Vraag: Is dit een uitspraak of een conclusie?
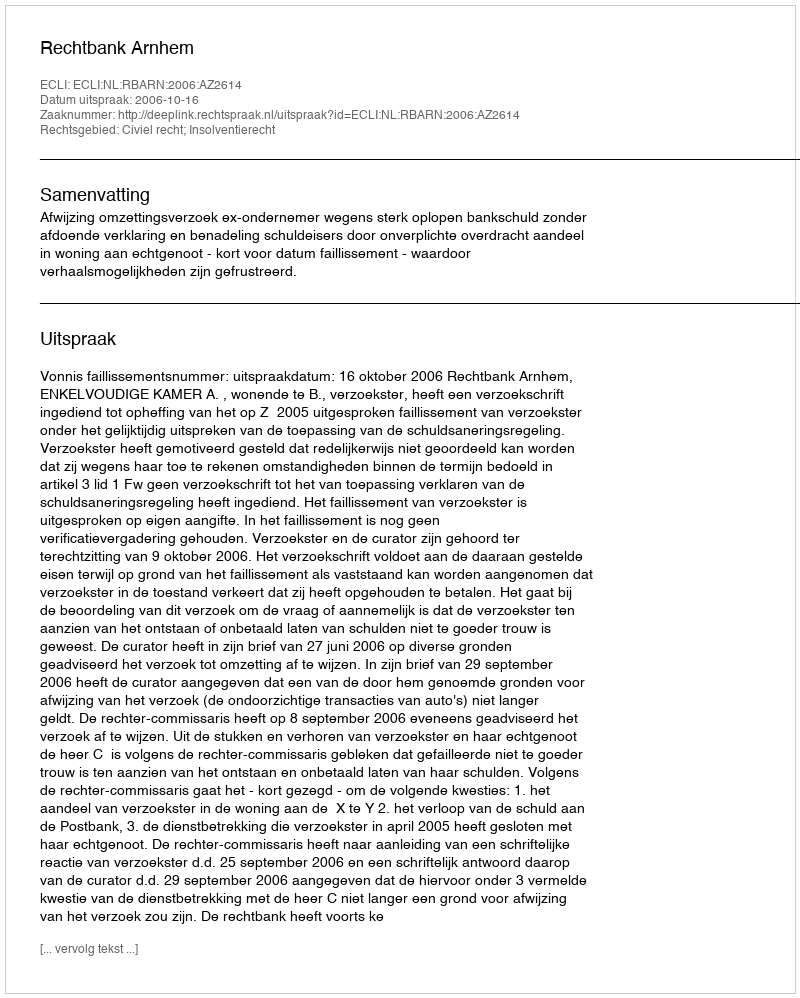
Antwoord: Uitspraak